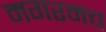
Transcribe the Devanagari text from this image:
मगरमच